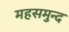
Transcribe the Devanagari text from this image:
महसमुन्द